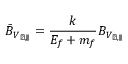
\bar { B } _ { V _ { \perp , \parallel } } = \frac { k } { E _ { f } + m _ { f } } B _ { V _ { \perp , \parallel } }